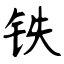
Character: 铁